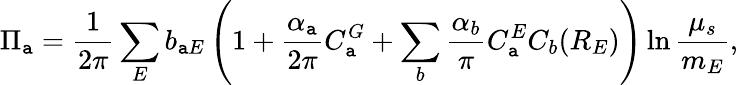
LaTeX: \Pi_{\mathtt{a}}=\frac{{1}}{{2\pi}}\sum_{E}b_{\mathtt{a}E}\left(1+\frac{{\alpha_{\mathtt{a}}}}{{2\pi}}C_{\mathtt{a}}^{G}+\sum_{b}\frac{{\alpha_{b}}}{{\pi}}C_{\mathtt{a}}^{E}C_{b}(R_{E})\right)\ln\frac{{\mu_{s}}}{{m_{E}}},